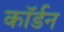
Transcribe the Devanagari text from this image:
कॉर्डन